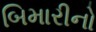
બિમારીનો